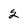
Character: 2